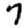
Digit: 7